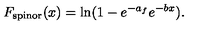
F _ { \mathrm { s p i n o r } } ( x ) = \ln ( 1 - e ^ { - a _ { f } } e ^ { - b x } ) .